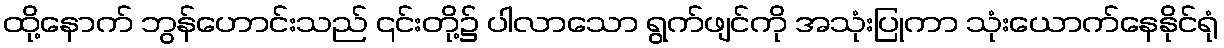
ထို့နောက် ဘွန်ဟောင်းသည် ၎င်းတို့၌ ပါလာသော ရွက်ဖျင်ကို အသုံးပြုကာ သုံးယောက်နေနိုင်ရုံ